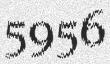
5956